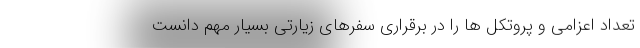
تعداد اعزامی و پروتکل ها را در برقراری سفرهای زیارتی بسیار مهم دانست